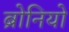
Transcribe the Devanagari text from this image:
ब्रोनियो